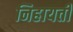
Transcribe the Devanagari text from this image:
निहायती